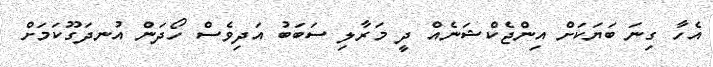
އެހާ ގިނަ ބަޔަކަށް އިންޖެކްޝަނެއް ދީ މަރާލި ސަބަބު އަދިވެސް ހޯދަން އުނދަގޫކަމަށް